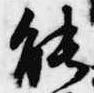
能